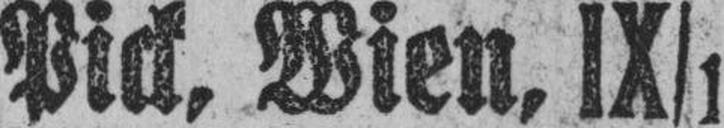
Pick, Wien, IX/1